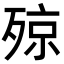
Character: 𣨣